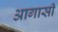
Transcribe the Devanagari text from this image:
आगासी